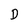
Character: D